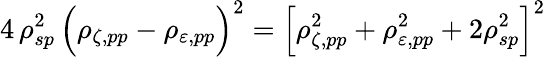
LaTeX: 4\, \rho_{sp}^{2}\, \Big(\rho_{\zeta,pp}-\rho_{\varepsilon,pp}\Big)^{2}=\Big[\rho_{\zeta,pp}^{2}+\rho_{\varepsilon,pp}^{2}+2\rho_{sp}^{2}\Big]^{2}